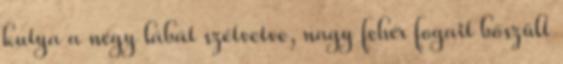
kutya a négy lábát szétvetve, nagy fehér fogait bőszült